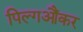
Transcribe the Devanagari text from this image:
पिल्गऔंकर